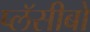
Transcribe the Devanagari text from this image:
प्लॅसीबो